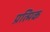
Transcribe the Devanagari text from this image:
प्रत्मिक